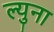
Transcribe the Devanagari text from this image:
ल्युना